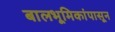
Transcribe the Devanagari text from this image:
बालभूमिकांपासून